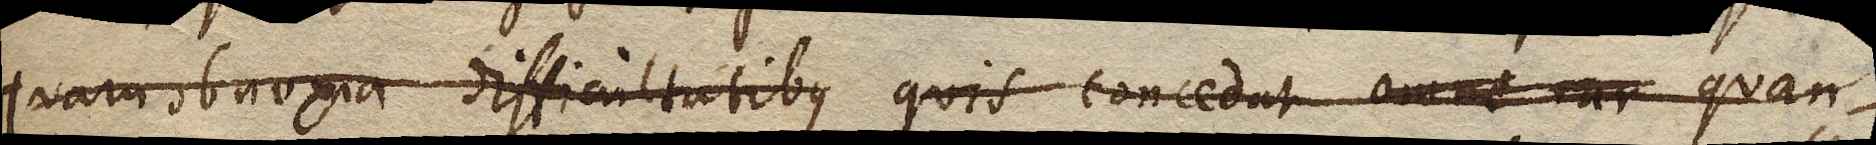
quam obnoxia difficultatibus quis concedat omne rar quan–